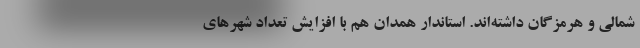
شمالی و هرمزگان داشته‌اند. استاندار همدان هم با افزایش تعداد شهرهای